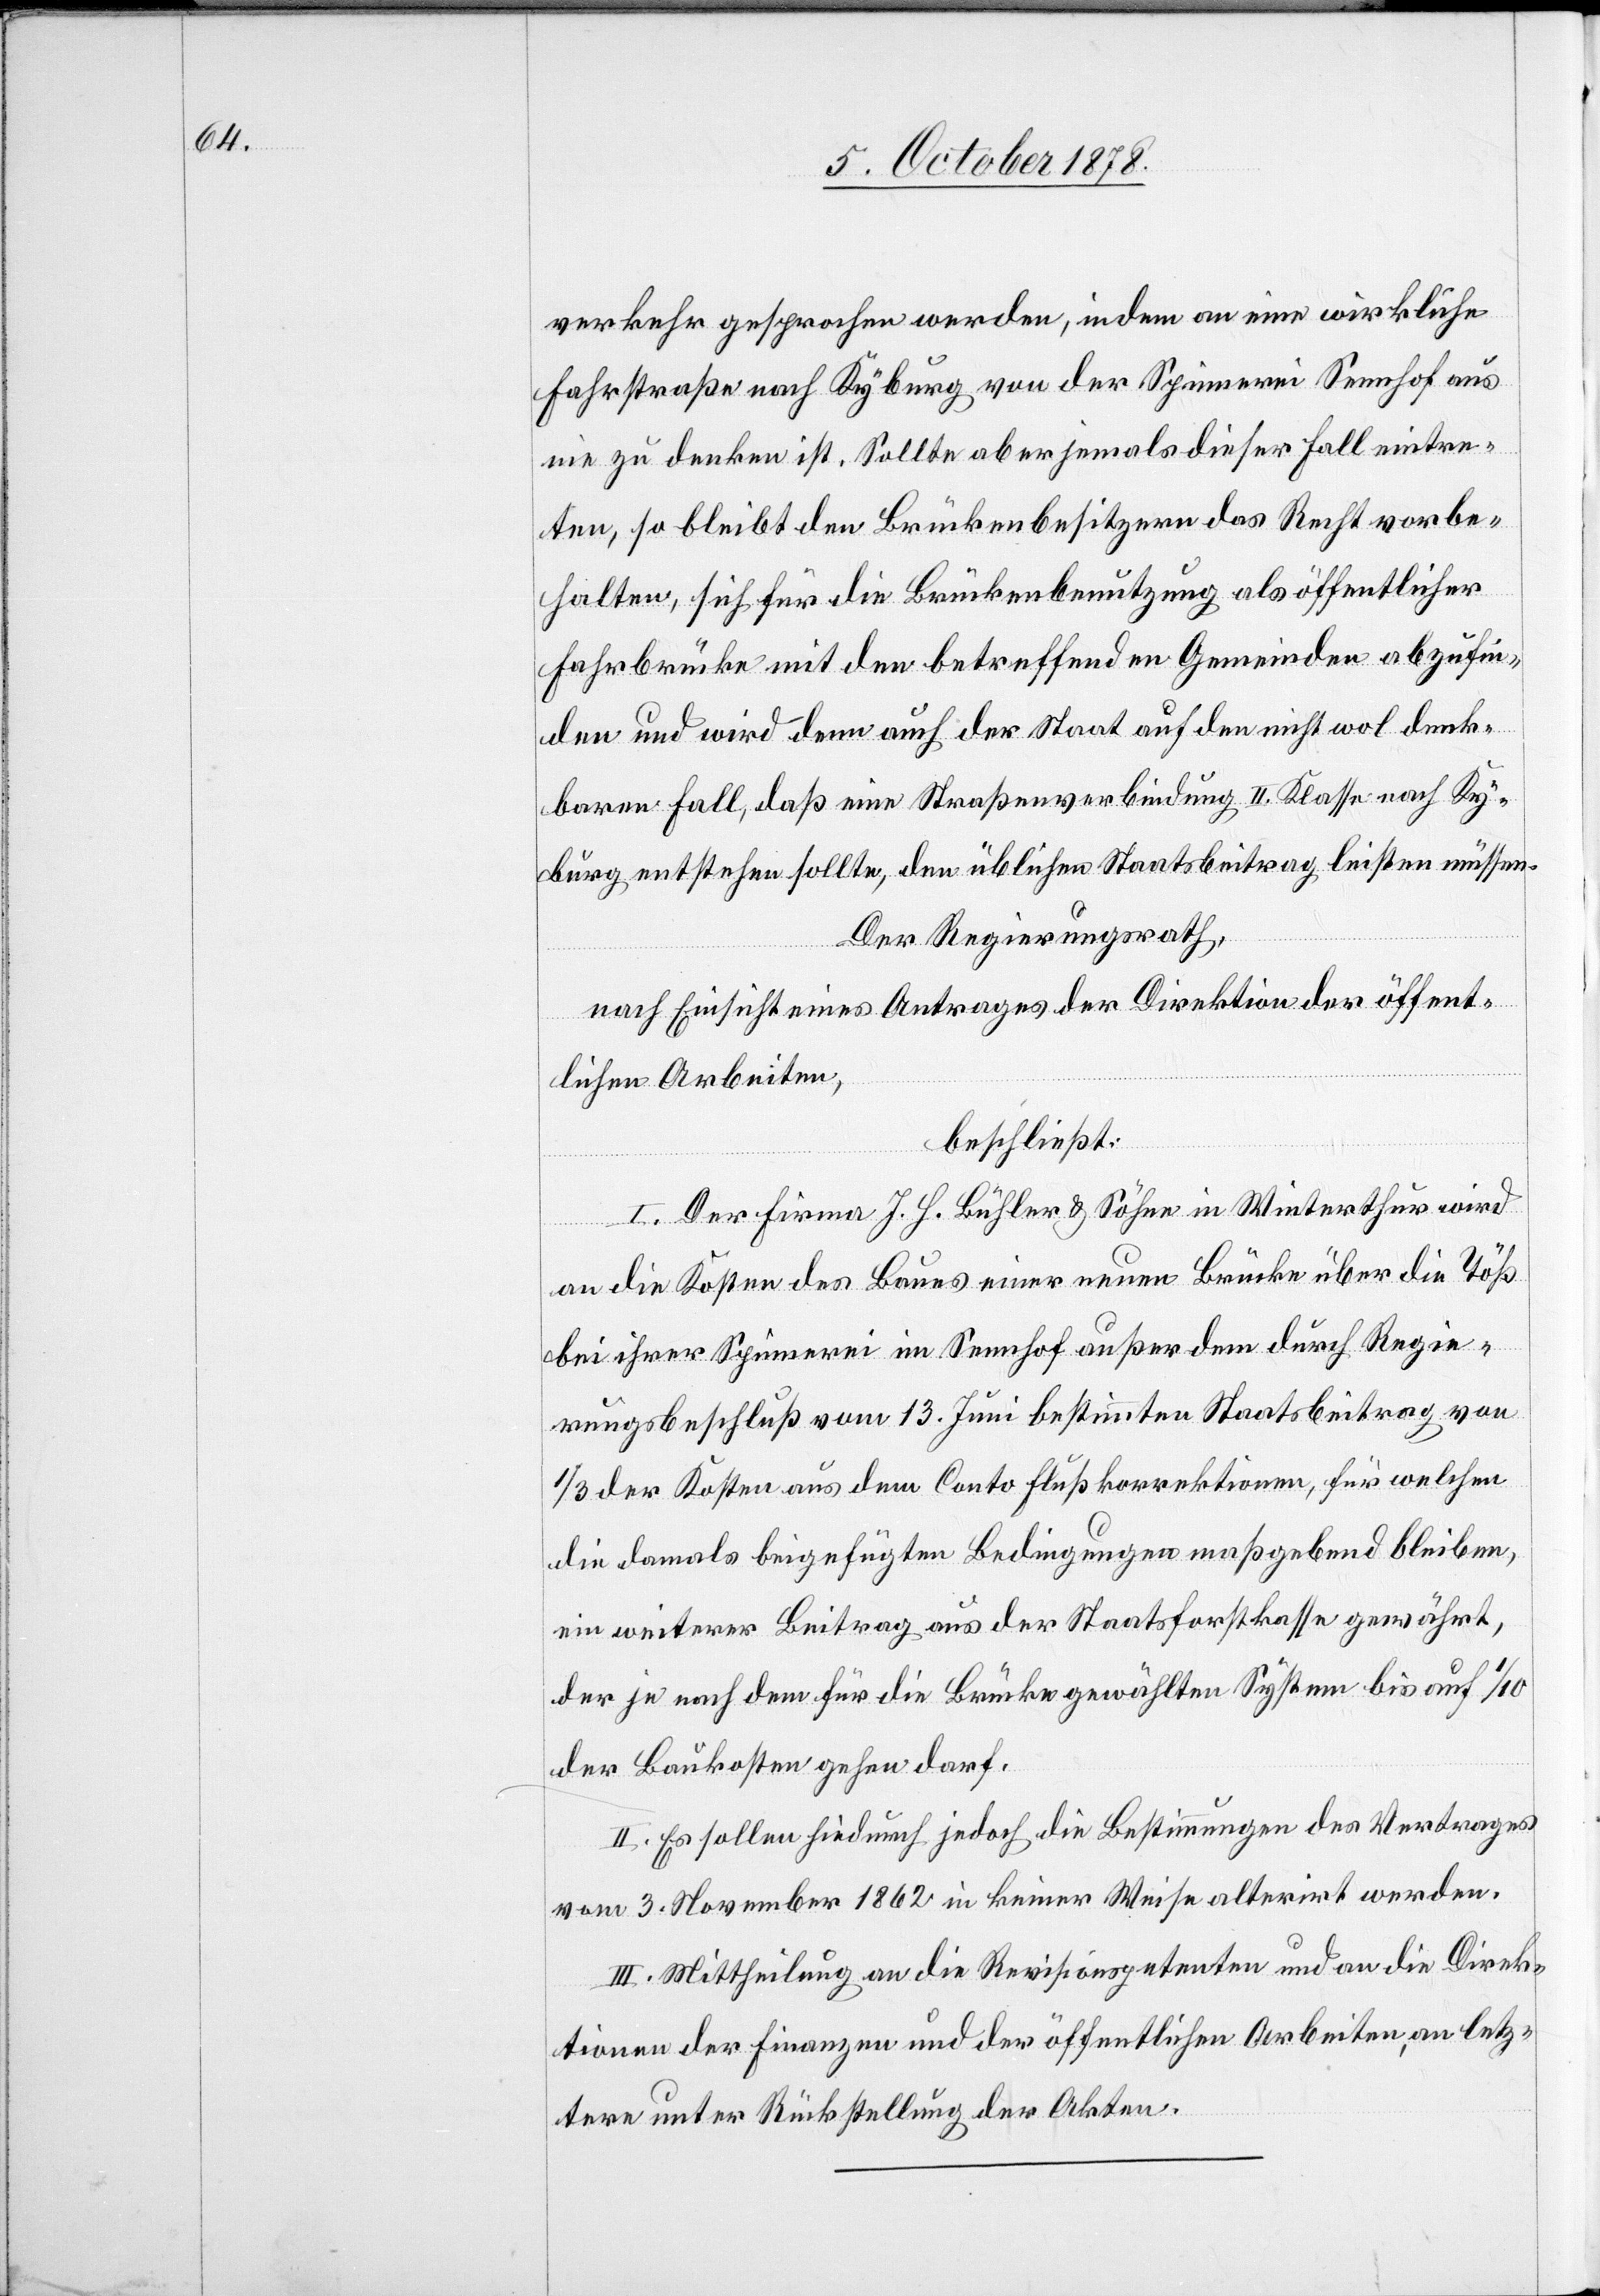
verkehr gesprochen werden, indem an eine wirkliche
Fahrstraße nach Kyburg von der Spinnerei Sennhof aus
nie zu denken ist. Sollte aber jemals dieser Fall eintre¬
ten, so bleibt den Brückenbesitzern das Recht vorbe¬
halten, sich für die Brückenbenutzung als öffentlicher
Fahrbrücke mit den betreffenden Gemeinden abzufin¬
den und wird denn auch der Staat auf den nicht wol denk¬
baren Fall, daß eine Straßenverbindung II. Klasse nach Ky¬
burg entstehen sollte, den üblichen Staatsbeitrag leisten müssen.
Der Regierungsrath,
nach Einsicht eines Antrages der Direktion der öffent¬
lichen Arbeiten,
beschließt:
I. Der Firma J. H. Bühler & Söhne in Winterthur wird
an die Kosten des Baues einer neuen Brücke über die Töß
bei ihrer Spinnerei im Sennhof außer dem durch Regie¬
rungsbeschluß vom 13. Juni bestimmten Staatsbeitrag von
1/3 der Kosten aus dem Conto Flußkorrektionen, für welchen
die damals beigefügten Bedingungen maßgebend bleiben,
ein weiterer Beitrag aus der Staatsforstkasse gewährt,
der je nach dem für die Brücke gewählten System bis auf 1/10
der Baukosten gehen darf.
II. Es sollen hiedurch jedoch die Bestimmungen des Vertrages
vom 3. November 1862 in keiner weise alterirt werden.
III. Mittheilung an die Revisionspetenten und an die Direk¬
tionen der Finanzen und der öffentlichen Arbeiten, an letz¬
tere unter Rückstellung der Akten.